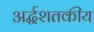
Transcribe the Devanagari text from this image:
अर्द्धशतकीय